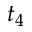
t _ { 4 }